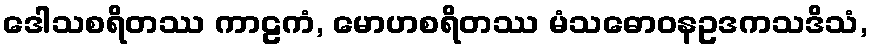
ဒေါသစရိတဿ ကာဠကံ, မောဟစရိတဿ မံသဓောဝနဥဒကသဒိသံ,